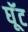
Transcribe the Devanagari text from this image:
घूॅट